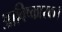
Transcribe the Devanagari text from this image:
आविष्कारक।